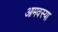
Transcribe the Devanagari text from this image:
आमवस्या